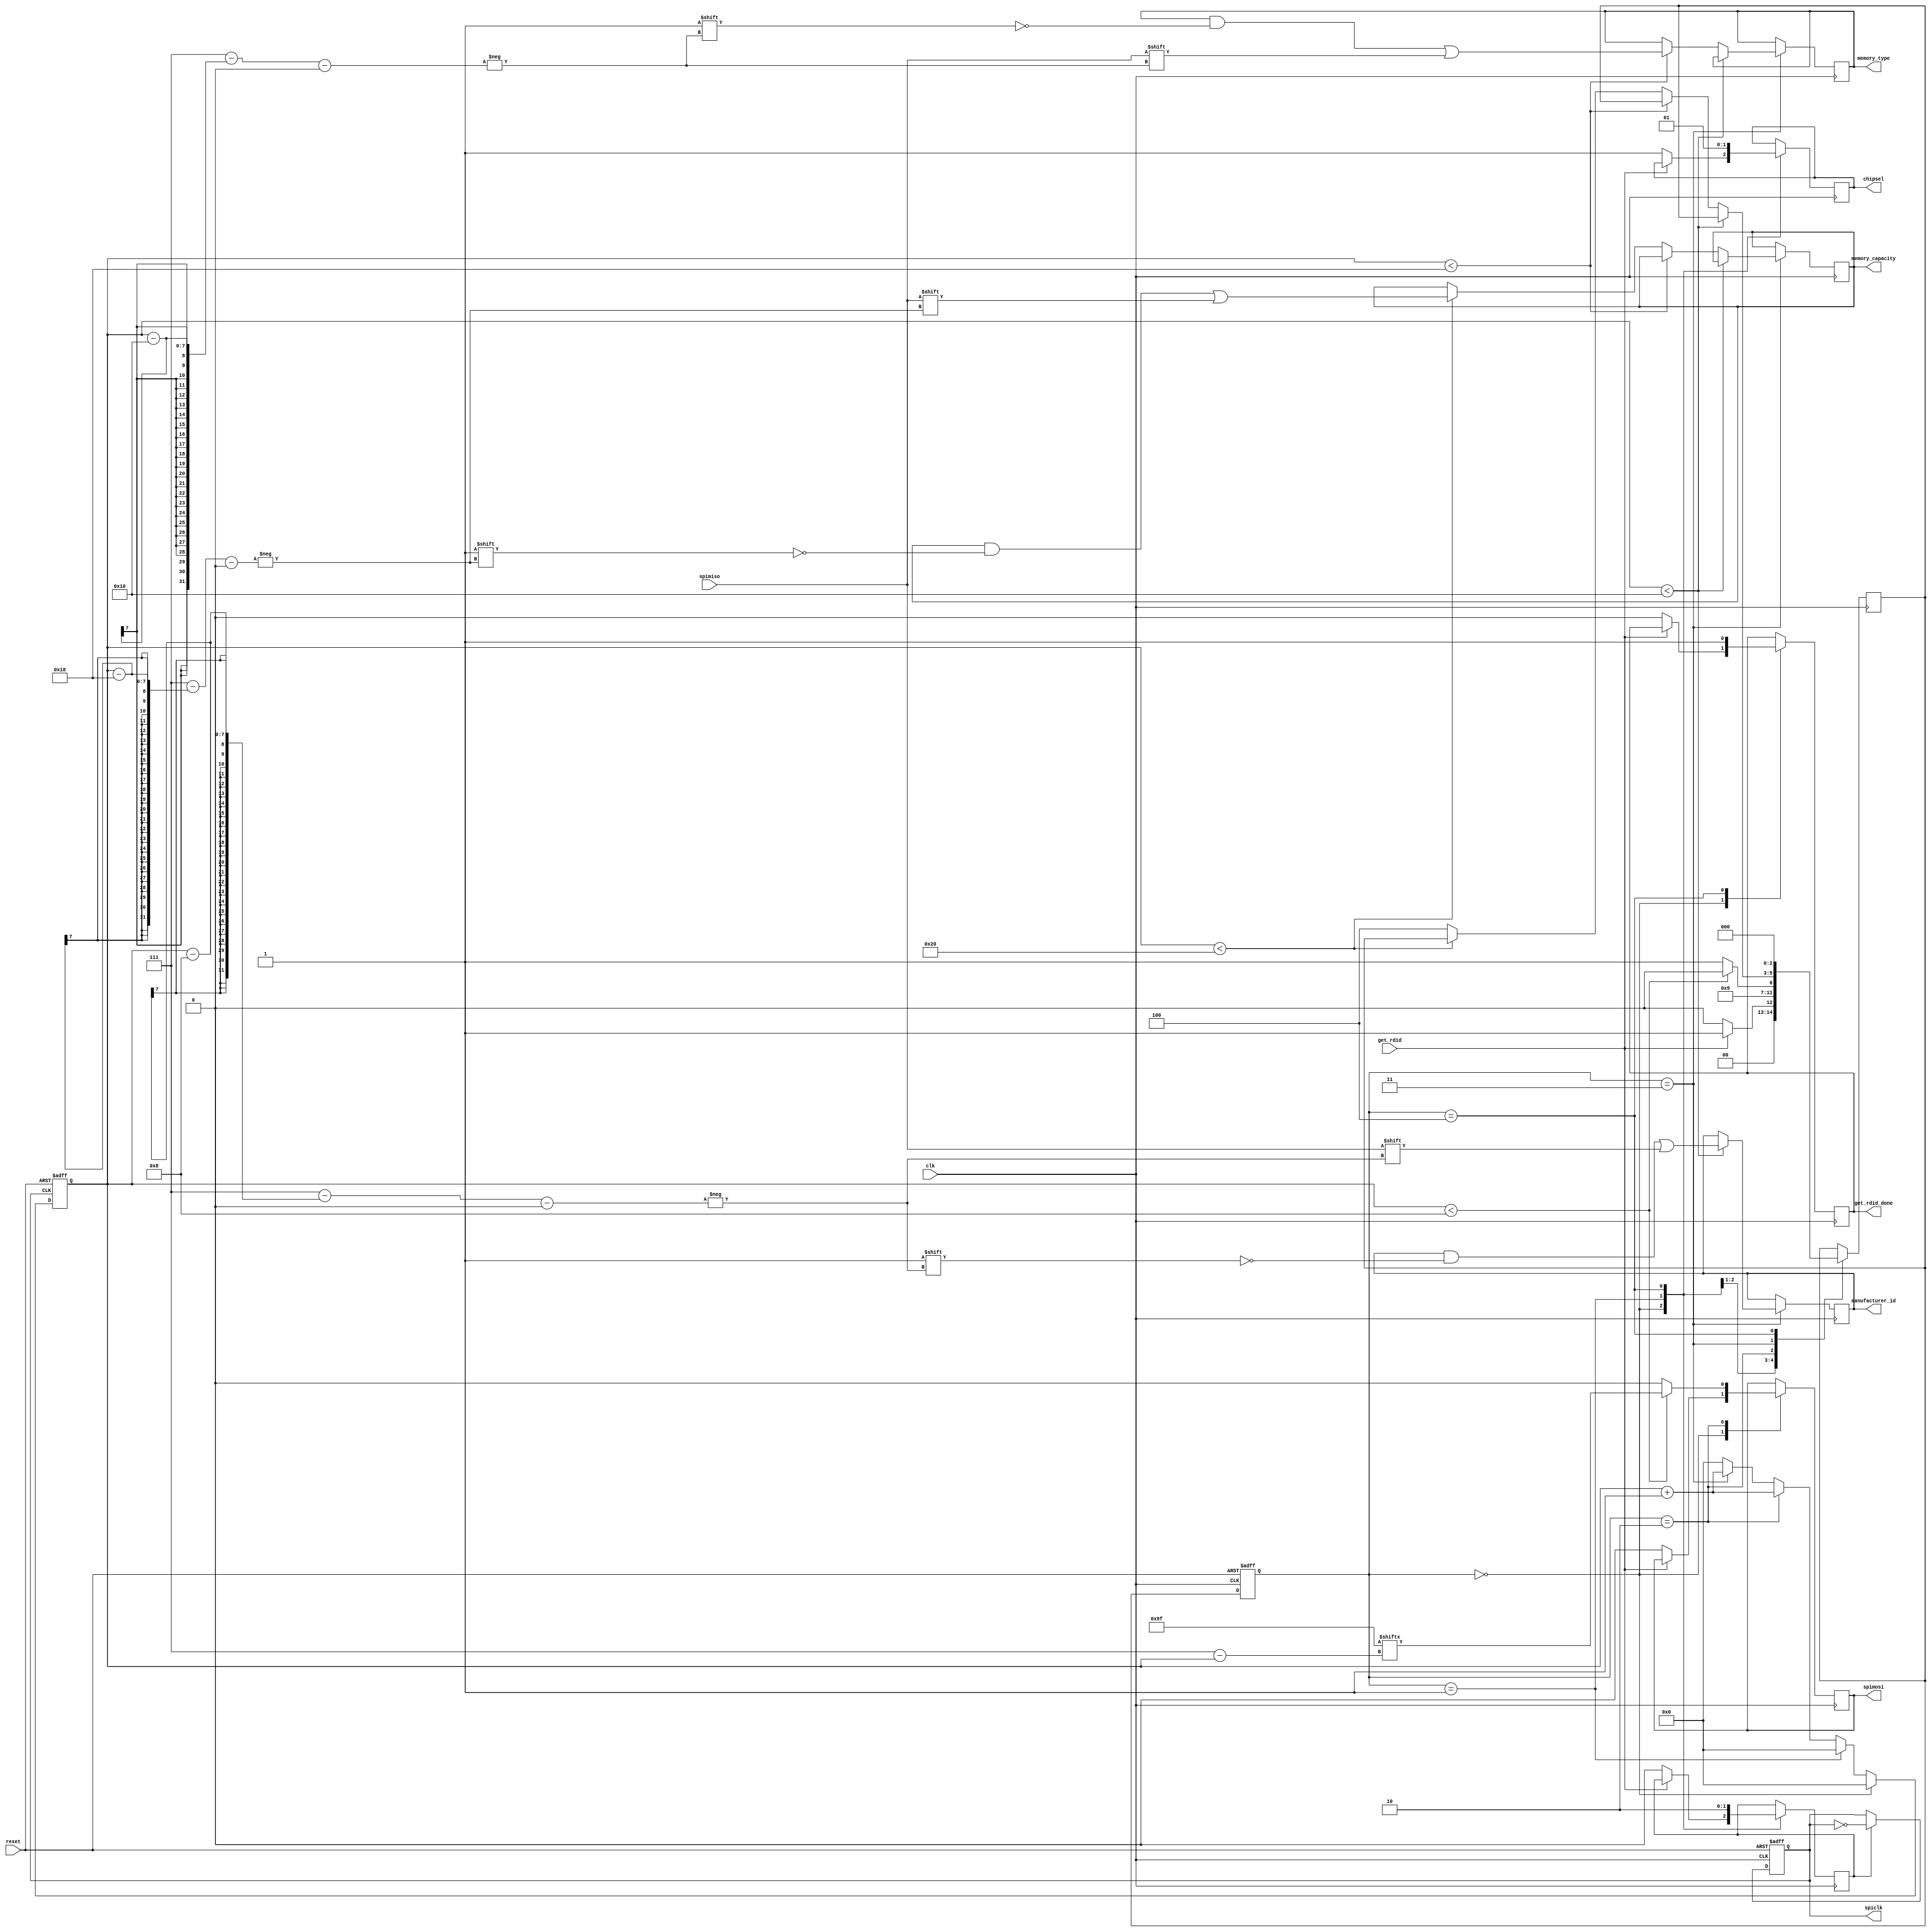
module spi_master_flash(
  input wire get_rdid,
  input wire reset,
  input wire clk,

  output reg chipsel,
  output reg spiclk,
  output reg spimosi,
  output reg get_rdid_done,
  output reg [7:0] manufacturer_id,
  output reg [7:0] memory_type,
  output reg [7:0] memory_capacity,
  input wire spimiso 
);


reg [2:0] current_state;
reg [2:0] next_state;
reg [6:0] counter;
reg       spiclk_enable;

parameter IDLE = 3'b000;
parameter ASSERT_CHIPSEL = 3'b001;
parameter SEND_INSTRUCTION = 3'b010;
parameter GET_DATA = 3'b011;
parameter DEASSERT_CHIPSEL = 3'b100;
parameter [7:0] RDID_CMD = 8'h9F;


always @(negedge clk or posedge reset) begin
  if(reset)  current_state <= IDLE;
  else       current_state <= next_state;
end


always @(posedge spiclk or posedge reset) begin

  if     (reset)                             counter <= 0;
  else if(current_state == IDLE)             counter <= 0;
  else if(current_state == ASSERT_CHIPSEL)   counter <= 0;
  else if(current_state == SEND_INSTRUCTION) counter <= counter+1;
  else if(current_state == GET_DATA)         counter <= counter+1;
  else counter <= 0;  // then current_state is DEASSERT_CHIPSEL
end


always @(posedge clk or posedge reset) begin
  if (reset) spiclk <= 0;
  else if(spiclk_enable) spiclk <= !spiclk;
end


always @(posedge clk) begin
  case(current_state)
    IDLE: begin
            if(!get_rdid) begin
              next_state <= IDLE;                    // wait here til something happens.
              chipsel <=1;                           // chipsel is active low.
              spiclk_enable <= 0;
              spimosi <= 0;
              get_rdid_done <= 0;
            end else begin                           //if here, then get_rdid is asserted and reset isn't.
              next_state <= ASSERT_CHIPSEL;
            end
          end

    ASSERT_CHIPSEL: begin
            spiclk_enable <= 1;
            chipsel <= 0;                            // chipsel is active low.
            next_state <= SEND_INSTRUCTION;          //  machine can keep going
          end

    SEND_INSTRUCTION: begin
            spimosi <= RDID_CMD[7-counter];           // output 0x9F with the first 8 bits.
            if(counter < 8) next_state <= SEND_INSTRUCTION;
            else begin
              spimosi <= 0;
              next_state <= GET_DATA;
            end
          end
    
    GET_DATA: begin
            if(counter < 16)       manufacturer_id[7-(counter  -8)] <= spimiso;
            else if(counter < 24)      memory_type[7-(counter -16)] <= spimiso;
            else if(counter < 32)  memory_capacity[7-(counter -24)] <= spimiso;
            else                                next_state <= DEASSERT_CHIPSEL;
          end
   
    DEASSERT_CHIPSEL: begin
            chipsel <= 1;                            // chipsel is active low.
            spiclk_enable <= 0;
            get_rdid_done <= 1;
            next_state <= IDLE;
          end
  endcase
end


endmodule